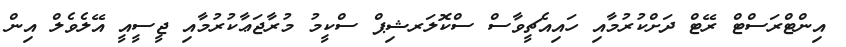
އިންޓްރަސްޓް ރޭޓް ދަށްކުރުމާއި ހައިއެޗީވާސް ސްކޮލަރޝިޕް ސްކީމު މުރާޖަޢާކުރުމާއި ޖީސީއީ އޭލެވެލް އިން